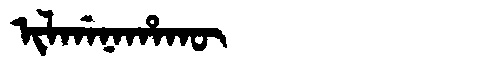
Manchu: ᡳᠯᡤᠠᠨᠠᡥᠠᡴᡡ
Romanization: ILGANAHAKŪ